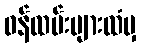
ဝန်ထမ်းများထံမှ